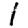
Digit: 1